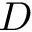
D